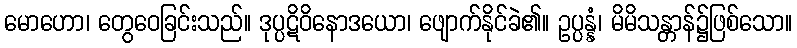
မောဟော၊ တွေဝေခြင်းသည်။ ဒုပ္ပဋိဝိနောဒယော၊ ဖျောက်နိုင်ခဲ၏။ ဥပ္ပန္နံ၊ မိမိသန္တာန်၌ဖြစ်သော။